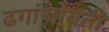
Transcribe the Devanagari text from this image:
ढगांभोवती